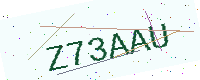
Text: Z73AAU